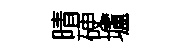
晴硬壚